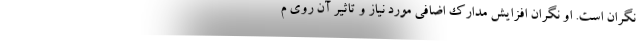
نگران است. او نگران افزایش مدارک اضافی مورد نیاز و تاثیر آن روی م